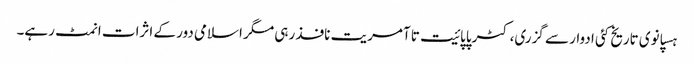
ہسپانوی تاریخ کئی ادوار سے گزری، کٹرپاپائیت تا آمریت نافذ رہی مگر اسلامی دور کے اثرات انمٹ رہے۔